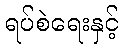
ရပ်စဲရေးနှင့်